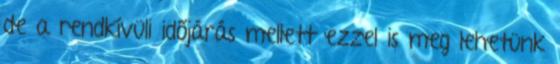
de a rendkívüli időjárás mellett ezzel is meg lehetünk